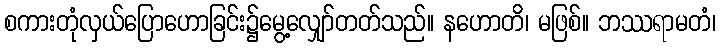
စကားတုံလှယ်ပြောဟောခြင်း၌မွေ့လျှော်တတ်သည်။ နဟောတိ၊ မဖြစ်။ ဘဿရာမတံ၊